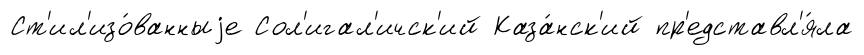
Ст'ил'изо́ванныjе Сол'игал'ичск'ий Каза́нск'ий пр'едставл'я́ла